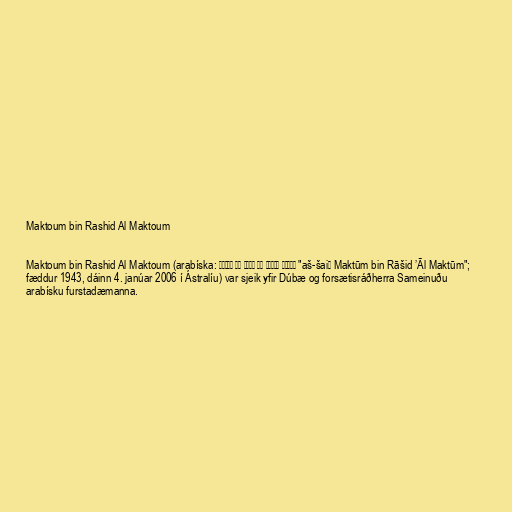
Maktoum bin Rashid Al Maktoum

Maktoum bin Rashid Al Maktoum (arabíska: الشيخ مكتوم بن راشد آل مكتوم "aš-šaiḫ Maktūm bin Rāšid ’Āl Maktūm";
fæddur 1943, dáinn 4. janúar 2006 í Ástralíu) var sjeik yfir Dúbæ og forsætisráðherra Sameinuðu
arabísku furstadæmanna.